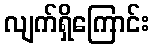
လျက်ရှိကြောင်း